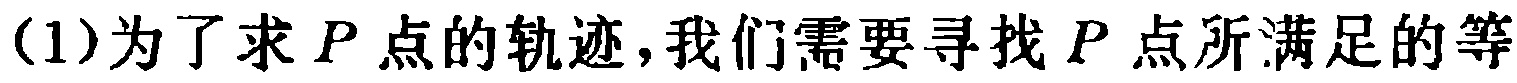
(1)为了求\(P\)点的轨迹,我们需要寻找\(P\)点所满足的等